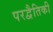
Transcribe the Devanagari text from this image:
परद्वैतिकी